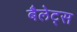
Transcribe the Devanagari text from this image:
बैलेट्स